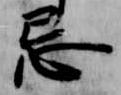
忌